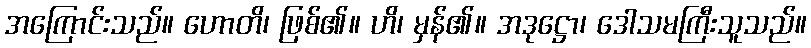
အကြောင်းသည်။ ဟောတိ၊ ဖြစ်၏။ ဟိ၊ မှန်၏။ အဒုဋ္ဌော၊ ဒေါသမကြီးသူသည်။